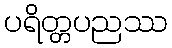
ပရိတ္တပညဿ